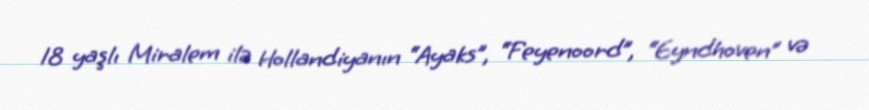
18 yaşlı Miralem ilə Hollandiyanın “Ayaks”, “Feyenoord”, “Eyndhoven” və